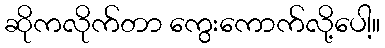
ဆိုကလိုက်တာ ကွေးကောက်လို့ပေါ့။